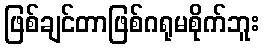
ဖြစ်ချင်တာဖြစ်ဂရုမစိုက်ဘူး